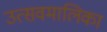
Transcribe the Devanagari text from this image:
उत्सवमालिका